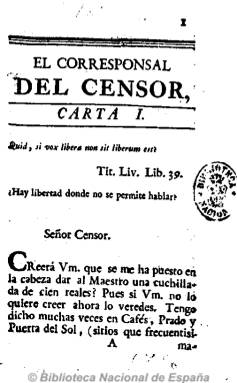
Título: El Corresponsal del Censor
Colección: Periódicos anteriores a 1850
Ámbito geográfico: Madrid
Lugar de publicación: Madrid
Fechas: 01/01/1786-31/12/1788

Las referencias bibliográficas señalan que pudo aparecer en mayo de 1786 como contrapunto a El censor (1781-1787). Quincenal pero con alguna periodicidad irregular, sus números, sin datar, de entre 12 y 24 páginas, tienen paginación continuada. Utiliza el estilo epistolar y la secuencia toma precisamente  el nombre de “cartas”, editándose 51 en total. Obra periódica de Manuel Rubín de Celis y Noriega, un reformista ilustrado y miembro de las más importantes tertulias de su tiempo, que en verso y prosa expresa sus puntos de vista sobre la actualidad social, política, religiosa, cultural y jurídica, utilizando a veces la parodia, otras el diálogo, el discurso, el retrato o la sátira, criticando los males de la sociedad y las costumbres de la época. Su autor se encubre bajo seudónimos, como el de Ramón Harnero. Entre sus colaboradores contó con Tomás Iriarte. No consta la fecha de publicación de cada ejemplar.